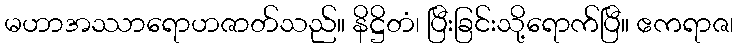
မဟာအဿာရောဟဇာတ်သည်။ နိဋ္ဌိတံ၊ ပြီးခြင်းသို့ရောက်ပြီ။ ဧကရာဇ၊